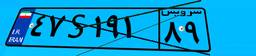
۲۲S۵۵۳۱۸